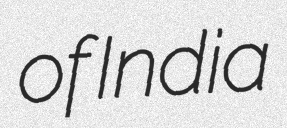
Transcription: of India